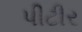
પીટીર